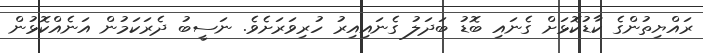
ރައްޔިތުންގެ ކާޑުކޮޅަށް ގެނައި ބޮޑު ބަދަލު ގެނައިއިރު ހުރިވަރަށެވެ. ނަސީބު ދެރަކަމުން އަނެއްކޮޅުން